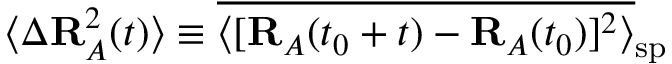
\langle \Delta \mathbf { R } _ { A } ^ { 2 } ( t ) \rangle \equiv \overline { { \langle [ \mathbf { R } _ { A } ( t _ { 0 } + t ) - \mathbf { R } _ { A } ( t _ { 0 } ) ] ^ { 2 } \rangle } } _ { \mathrm { s p } }